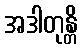
အဒါတုန္တိ